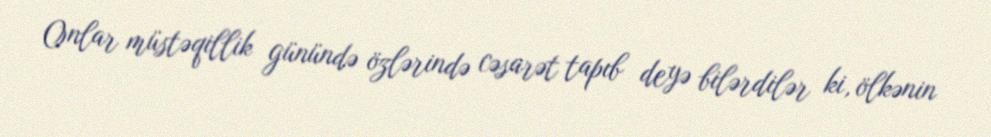
Onlar müstəqillik günündə özlərində cəsarət tapıb deyə bilərdilər ki, ölkənin